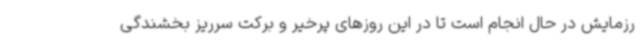
رزمایش در حال انجام است تا در این روزهای پرخیر و برکت سرریز بخشندگی